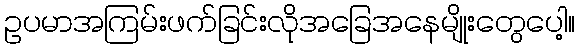
ဥပမာအကြမ်းဖက်ခြင်းလိုအခြေအနေမျိုးတွေပေါ့။